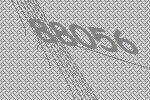
88056